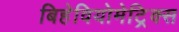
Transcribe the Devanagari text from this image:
बिहेवियोमेट्रिक्स